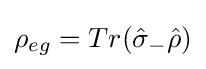
\rho _{eg}=Tr({\hat {\sigma }}_{-}{\hat {\rho }})